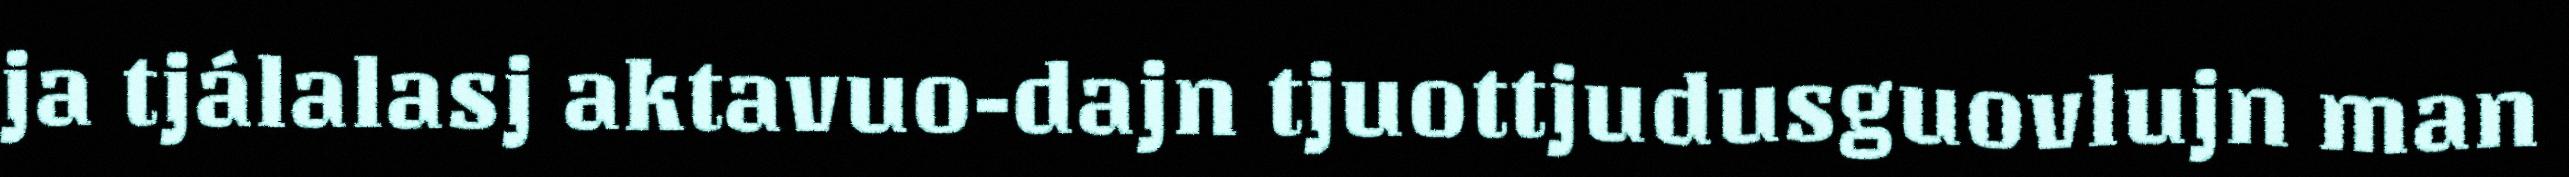
ja tjálalasj aktavuo-dajn tjuottjudusguovlujn man